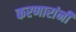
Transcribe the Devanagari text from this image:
करणारांनी